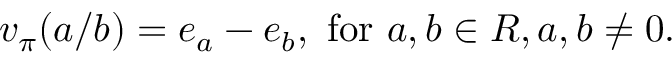
v _ { \pi } ( a / b ) = e _ { a } - e _ { b } , { \mathrm { ~ f o r ~ } } a , b \in R , a , b \neq 0 .